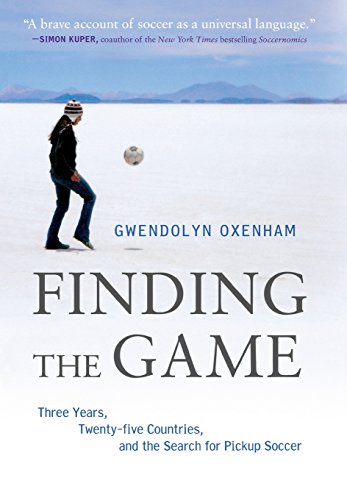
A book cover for Finding the Game: Three Years, Twenty-five Countries, and the Search for Pickup Soccer; Gwendolyn Oxenham; Biographies & Memoirs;